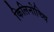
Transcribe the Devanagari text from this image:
किलिनोच्चि